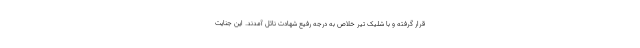
قرار گرفته و با شلیک تیر خلاص به درجه رفیع شهادت نائل آمدند. این جنایت